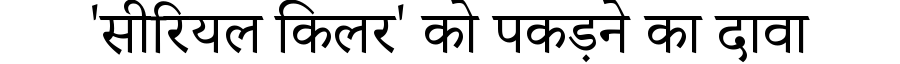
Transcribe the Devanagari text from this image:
'सीरियल किलर' को पकड़ने का दावा